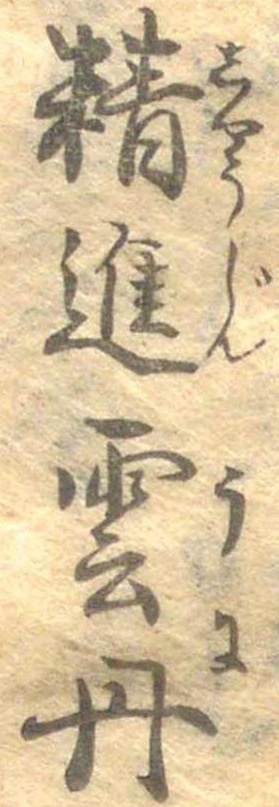
精進雲丹